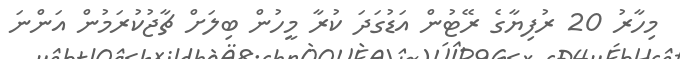
މިހާރު 20 ރުފިޔާގެ ރޭޓުން އަޑުގަދަ ކުރާ މީހުން ބިލަށް ޗާޖުކުރަމުން އަންނަ